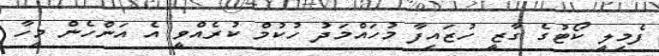
ފެމިލީ ކޯޓުގެ ގާޒީ ހުޒައިފާ މުހައްމަދު ހުކުމް ކުރެއްވީ އެ އަންހެން މީހާ